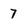
Character: 7